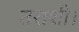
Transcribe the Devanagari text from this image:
तराशी।